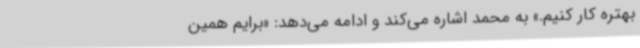
بهتره کار کنیم.» به محمد اشاره می‌کند و ادامه می‌دهد: «برایم همین